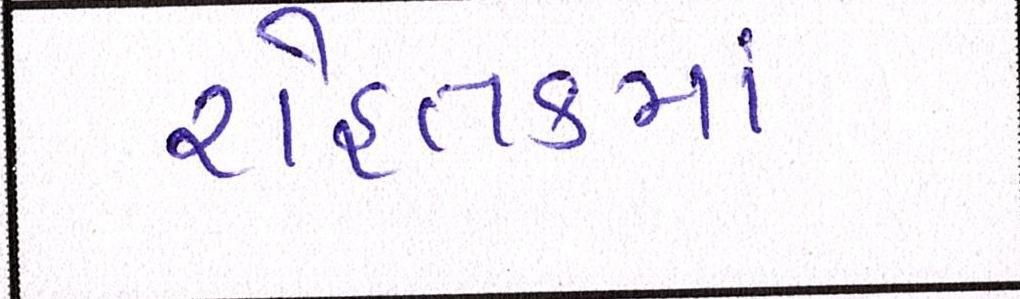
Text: રોહતકમાં